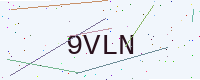
Text: 9VLN